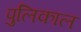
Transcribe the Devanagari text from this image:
पुलिकाल